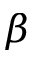
\beta